Annual report of the Bengal Veterinary College and of the Civil Veterinary Department, Bengal, for the year 1920-21 - 1920-1921
Year: 1920
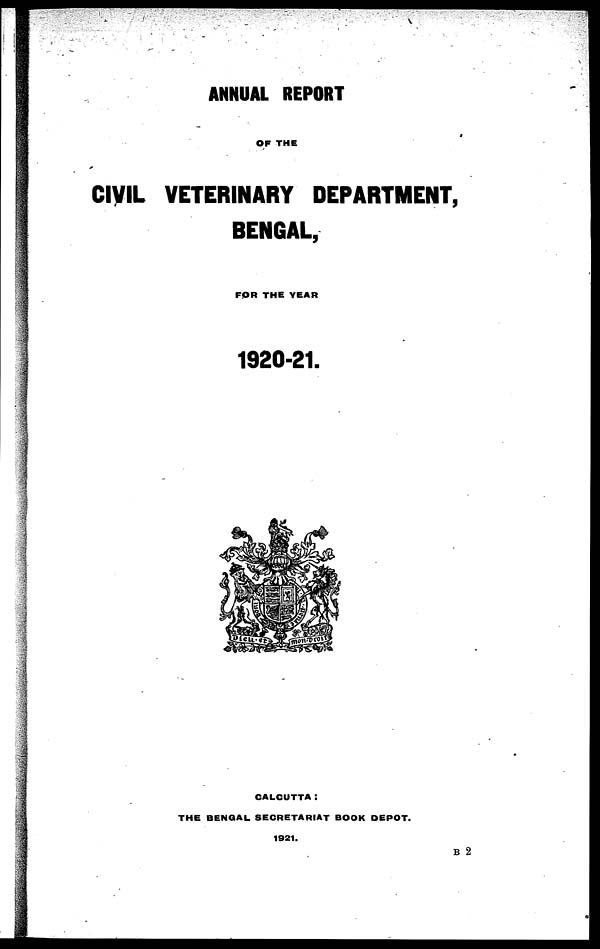
ANNUAL REPORT
OF THE
CIVIL VETERINARY DEPARTMENT,
BENGAL,
FOR THE YEAR
1920-21.
CALCUTTA:
THE BENGAL SECRETARIAT BOOK DEPOT.
1921.
B 2